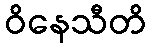
ဝိနေသီတိ